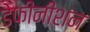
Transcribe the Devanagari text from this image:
डेफीनीशन